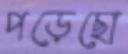
পড়েছো